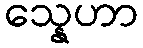
သ္နေဟာ